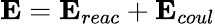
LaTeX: \mathbf{E}=\mathbf{E}_{reac}+\mathbf{E}_{coul}